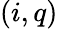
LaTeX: (i,q)